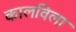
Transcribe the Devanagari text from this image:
कालविला